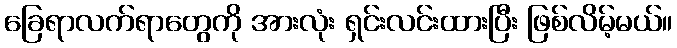
ခြေရာလက်ရာတွေကို အားလုံး ရှင်းလင်းထားပြီး ဖြစ်လိမ့်မယ်။